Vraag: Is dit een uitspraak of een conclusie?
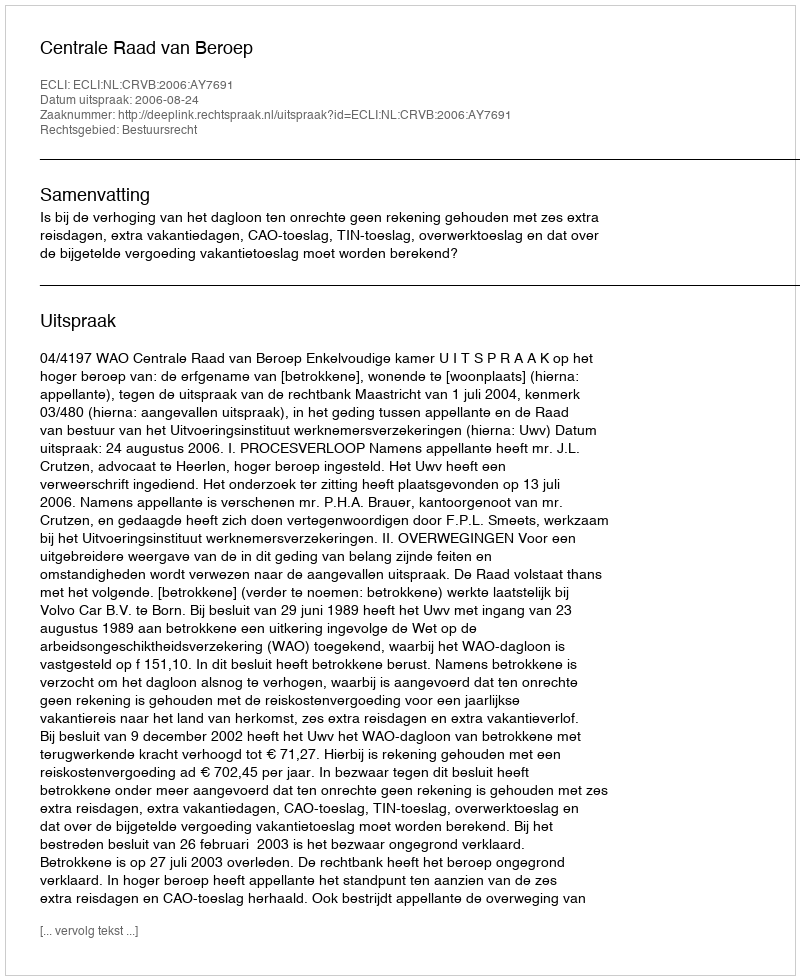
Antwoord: Uitspraak